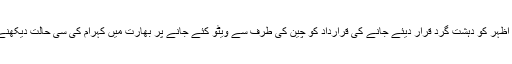
دریں اثنا مسعود اظہر کو دہشت گرد قرار دیئے جانے کی قرارداد کو چین کی طرف سے ویٹو کئے جانے پر بھارت میں کہرام کی سی حالت دیکھنے میں آ رہی ہے۔